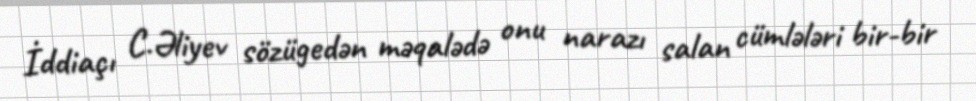
İddiaçı C.Əliyev sözügedən məqalədə onu narazı salan cümlələri bir-bir